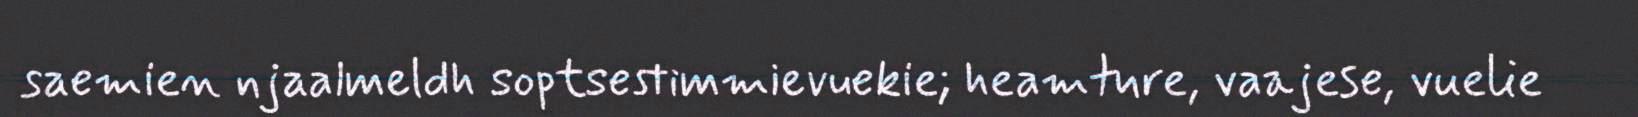
saemien njaalmeldh soptsestimmievuekie; heamture, vaajese, vuelie